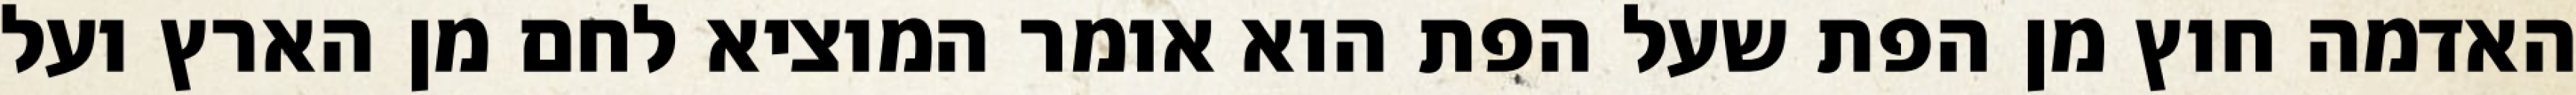
האדמה חוץ מן הפת שעל הפת הוא אומר המוציא לחם מן הארץ ועל